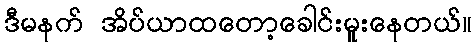
ဒီမနက် အိပ်ယာထတော့ခေါင်းမူးနေတယ်။